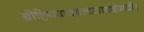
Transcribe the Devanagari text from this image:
ब्रीहियवावबलासावदोमधौ।